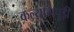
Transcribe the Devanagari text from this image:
कल्यामपुड़ी